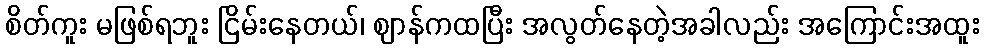
စိတ်ကူး မဖြစ်ရဘူး ငြိမ်းနေတယ်၊ ဈာန်ကထပြီး အလွတ်နေတဲ့အခါလည်း အကြောင်းအထူး